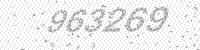
Solution: 963269